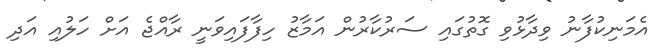
އެމަނިކުފާނު ވިދާޅުވި ގޮތުގައި ސަރުކާރުން އަމާޒު ހިފާފައިވަނީ ރާއްޖެ އަށް ހަލުއި އަދި